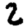
Digit: 2